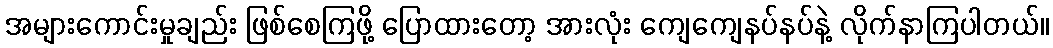
အများကောင်းမှုချည်း ဖြစ်စေကြဖို့ ပြောထားတော့ အားလုံး ကျေကျေနပ်နပ်နဲ့ လိုက်နာကြပါတယ်။